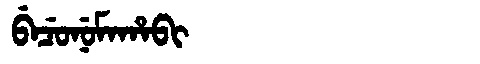
Manchu: ᠪᡝᠴᡠᠨᡠᠮᠠᡥᠠᠪᡳ
Romanization: BECUNUMAHABI